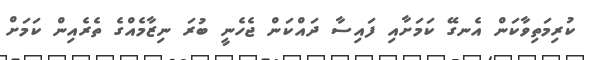
ކުރިމަތިވާކަން އެނގޭ ކަމަށާއި ފައިސާ ދައްކަން ޖެހެނީ ބުރަ ނިޒާމެއްގެ ތެރެއިން ކަމަށް